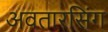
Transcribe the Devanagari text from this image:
अवतारसिंग